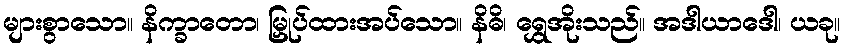
များစွာသော။ နိက္ခာတော၊ မြှုပ်ထားအပ်သော။ နိဓိ၊ ရွှေအိုးသည်။ အဒါယာဒေါ၊ ယခု။